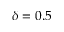
\delta = 0 . 5